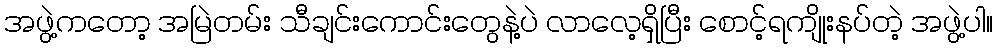
အဖွဲ့ကတော့ အမြဲတမ်း သီချင်းကောင်းတွေနဲ့ပဲ လာလေ့ရှိပြီး စောင့်ရကျိုးနပ်တဲ့ အဖွဲ့ပါ။